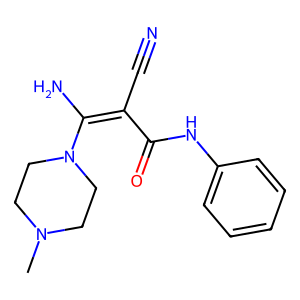
SMILES: CN1CCN(C(N)=C(C#N)C(=O)Nc2ccccc2)CC1
Inhibits HIV replication: No